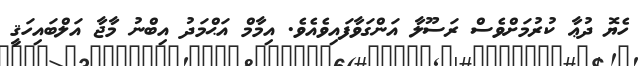
ހެޔޮ ދުޢާ ކުރުމަށްވެސް ރަސޫލާ އަންގަވާފައިވެއެވެ. އިމާމް އަޙްމަދު އިބްނު މާޖާ އަލްބައިހަޤީ